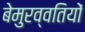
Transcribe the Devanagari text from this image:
बेमुरव्वतियों